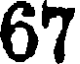
67